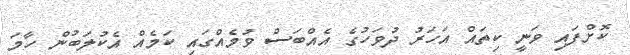
ކޮށްފައި ވަނީ ކިތައް އަހަރު ދުވަހުގެ އެއްބަސް ވުމެއްގައި ކަަމެއް އެކުލަބުން ހާމަ